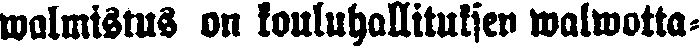
walmistus on kouluhallituksen walwotta-